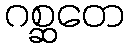
ဂစ္ဆတေ